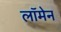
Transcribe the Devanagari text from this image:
लॉमेन